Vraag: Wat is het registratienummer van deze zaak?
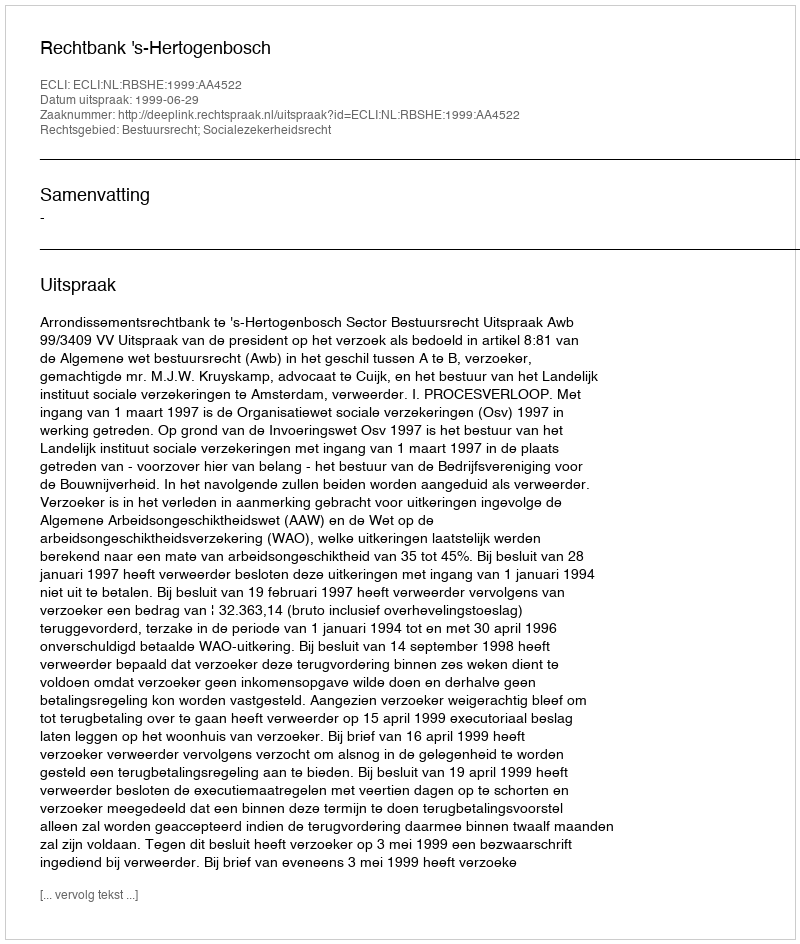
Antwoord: http://deeplink.rechtspraak.nl/uitspraak?id=ECLI:NL:RBSHE:1999:AA4522